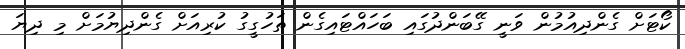
ކޯޓަށް ގެންދިއުމުން ވަނީ ގޭބަންދުގައި ބަހައްޓައިގެން ތަހުގީގު ކުރިއަށް ގެންދިޔުމަށް މި ދިޔަ